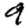
Digit: 9